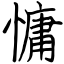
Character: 慵